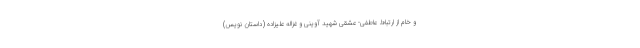
و خام از ارتباط عاطفی- عشقی شهید آوینی و غزاله علیزاده (داستان نویس)